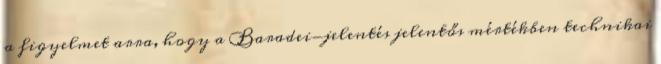
a figyelmet arra, hogy a Baradei-jelentés jelentős mértékben technikai